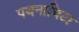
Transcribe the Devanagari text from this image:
पथनाथिटा